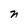
Character: n